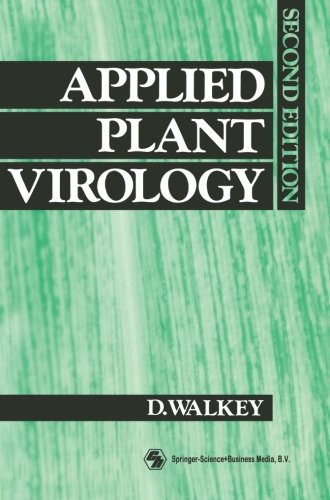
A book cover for Applied Plant Virology; D.G. Walkey; Medical Books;